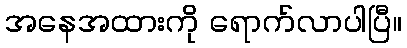
အနေအထားကို ရောက်လာပါပြီ။